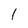
Character: 1